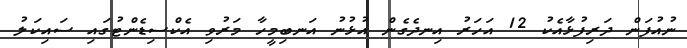
ނުއުފަން ދަރިފުޅާއެކު 12 އަހަރު އިނދެގެން އުޅުނު އަނބިމީހާ މަރުވި އެކްސިޑެންޓުގައި ސައިކަލު